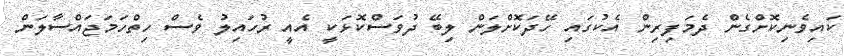
ކައިވެނިކޮށްގެން ދެމަފިރިން އެކުގައި ހޭދަކޮށްލަން ލިބޭ ދުވަސްކޮޅަކީ އެއީ ރުހައިލު ވެސް ހިތްހަމަޖައްސާލަން